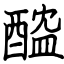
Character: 醓